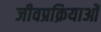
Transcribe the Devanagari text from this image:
जीवप्रक्रियाओं